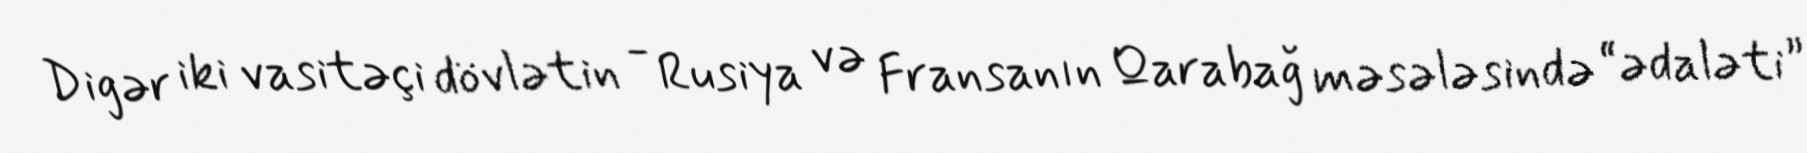
Digər iki vasitəçi dövlətin - Rusiya və Fransanın Qarabağ məsələsində “ədaləti”